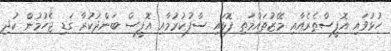
ހުޅުވައި އޮފީސްތެރެއާއި މޭޒުތައްމަތި ފޮޅައި ސާފުކުރުމާއި އޮފީސް ބަންދުކުރާ ގަޑި ޖެހުމުން ކުދި